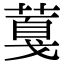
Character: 𦸘